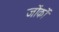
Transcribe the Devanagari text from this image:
जोंकों